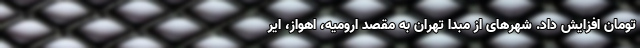
تومان افزایش داد. شهرهای از مبدا تهران به مقصد ارومیه، اهواز، ایر